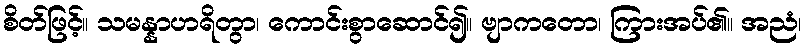
စိတ်ဖြင့်။ သမန္နာဟရိတွာ၊ ကောင်းစွာဆောင်၍။ ဗျာကတော၊ ကြားအပ်၏။ အညံ၊